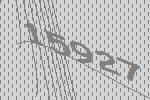
15927